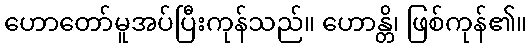
ဟောတော်မူအပ်ပြီးကုန်သည်။ ဟောန္တိ၊ ဖြစ်ကုန်၏။